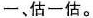
一、估一估。